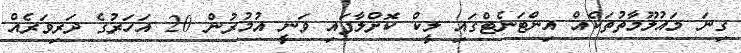
ގިނަ މައުލޫމާތުތަކެއް އިންޓަނެޓްގައި ލީކް ކޮށްލާފައި ވަނީ އުމުރުން 20 އަހަރުގެ ދަރިވަރެއް